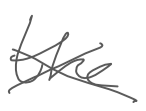
Text: the
Cross-out: cross
Writing tool: digital_gray